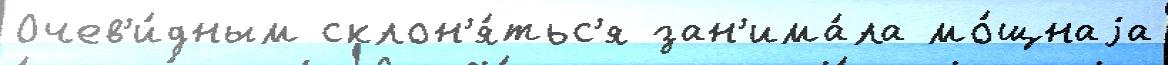
Очев'и́дным склон'я́тьс'я зан'има́ла мо́щнаjа